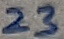
Text: 23